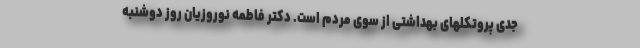
جدی پروتکلهای بهداشتی از سوی مردم است. دکتر فاطمه نوروزیان روز دوشنبه